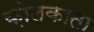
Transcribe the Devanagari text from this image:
क़ोलकाता